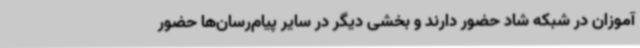
‌آموزان در شبکه شاد حضور دارند و بخشی دیگر در سایر پیام‌رسان‌ها حضور